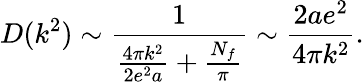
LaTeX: D(k^{2})\sim\frac{1}{\frac{4\pi k^{2}}{2e^{2}a}+\frac{N_{f}}{\pi}}\sim\frac{2ae^{2}}{4\pi k^{2}}.